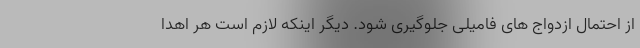
از احتمال ازدواج های فامیلی جلوگیری شود. دیگر اینکه لازم است هر اهدا